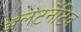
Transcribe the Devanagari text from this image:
ॲलटर्नेटिव